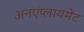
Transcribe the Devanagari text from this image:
अनएंप्लायमेंट